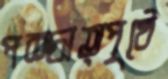
পশ্চাত্পৃষ্ঠে